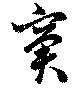
窘